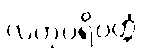
လဟုပရိဝတ္တံ